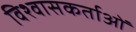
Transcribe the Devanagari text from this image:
विश्वासकर्ताओं